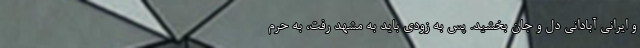
و ایرانی آبادانی دل و جان بخشید. پس به زودی باید به مشهد رفت، به حرم